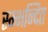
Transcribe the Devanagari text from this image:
स्म्भन्दित